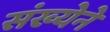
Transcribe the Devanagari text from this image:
संख्‍येने